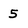
Character: 5